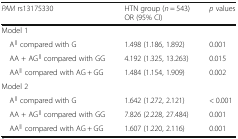
<table><thead><tr><td><b><i>PAM</i> rs13175330</b></td><td><b>HTN group (<i>n</i> = 543) OR (95% CI)</b></td><td><b><i>p</i> values</b></td></tr></thead><tbody><tr><td colspan="3">Model 1</td></tr><tr><td> A<sup><i>∥</i></sup> compared with G</td><td>1.498 (1.186, 1.892)</td><td>0.001</td></tr><tr><td> AA + AG<sup><i>∥</i></sup> compared with GG</td><td>4.192 (1.325, 13.263)</td><td>0.015</td></tr><tr><td> AA<sup><i>∥</i></sup> compared with AG + GG</td><td>1.484 (1.154, 1.909)</td><td>0.002</td></tr><tr><td colspan="3">Model 2</td></tr><tr><td> A<sup><i>∥</i></sup> compared with G</td><td>1.642 (1.272, 2.121)</td><td>&lt; 0.001</td></tr><tr><td> AA + AG<sup><i>∥</i></sup> compared with GG</td><td>7.826 (2.228, 27.484)</td><td>0.001</td></tr><tr><td> AA<sup><i>∥</i></sup> compared with AG + GG</td><td>1.607 (1.220, 2.116)</td><td>0.001</td></tr></tbody></table>